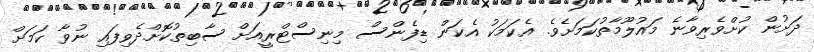
ދަށުން ކުށްވެރިވާނެ މައުލޫމާތުކަމަށެވެ. އެކަމަކު އެކަން ޑިފެންސް މިނިސްޓްރީއަށް ސާބިތުކޮށްދެވިފައި ނުވާ ކަމަށް